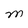
Character: M